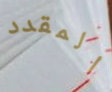
المقدد